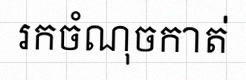
រកចំណុចកាត់